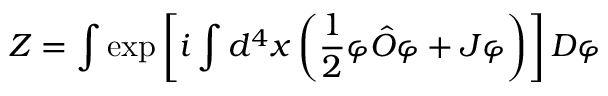
Z = \int \exp \left[ i \int d ^ { 4 } x \left( { \frac { 1 } { 2 } } \varphi { \hat { O } } \varphi + J \varphi \right) \right] D \varphi